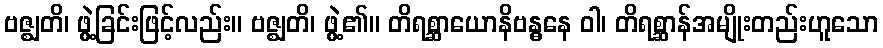
ဗဇ္ဈတိ၊ ဖွဲ့ခြင်းဖြင့်လည်း။ ဗဇ္ဈတိ၊ ဖွဲ့၏။ တိရစ္ဆာယောနိဗန္ဓနေ ဝါ၊ တိရစ္ဆာန်အမျိုးတည်းဟူသော